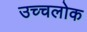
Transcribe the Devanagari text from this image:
उच्चलोक